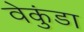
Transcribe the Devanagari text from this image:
वेकुंडा